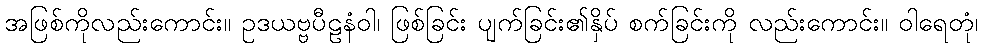
အဖြစ်ကိုလည်းကောင်း။ ဥဒယဗ္ဗပီဠနံဝါ၊ ဖြစ်ခြင်း ပျက်ခြင်း၏နှိပ် စက်ခြင်းကို လည်းကောင်း။ ဝါရေတုံ၊